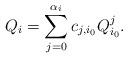
LaTeX: \begin{align*}Q_i=\sum\limits_{j=0}^{\alpha_i}c_{j,i_0}Q_{i_0}^{j}.\end{align*}